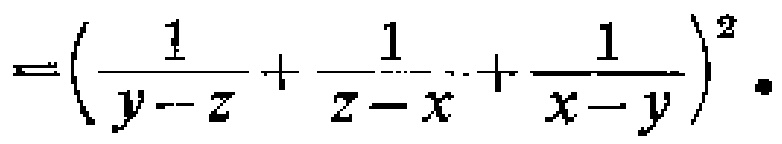
$=\left(\frac{1}{y - z}+\frac{1}{z - x}+\frac{1}{x - y}\right)^{2}.$